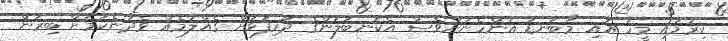
ކިރުމައި މީހާ އާއި މާބަނޑު އަންހެނުންވެސް އެކަނބަލުންގެ ދަރިފުޅަށް ގެއްލުމެއް ވެދާނެކަމަށް ބިރުން